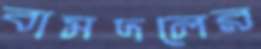
বামদলের